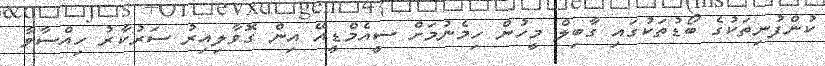
ކުންފުނިތަކުގެ ބޯޑުތަކުގައި ގާބިލް މީހުން ހިމެނުމަށް ސީއެމްޑީއޭ އިން ގޮވާލިއިރު ސަރުކާރު ހިއްސާވާ